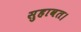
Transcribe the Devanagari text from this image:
सुहावत।